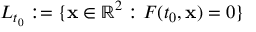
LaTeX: L _ { t _ { 0 } } : = \{ { \mathbf { x } } \in \mathbb { R } ^ { 2 } : F ( t _ { 0 } , { \mathbf { x } } ) = 0 \}